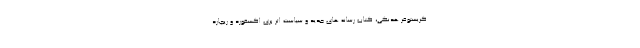
کریستوفر هدنگی، کتاب رسانه های جدید و سیاست اثر بری اکسفورد و ریچارد